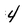
Character: 4